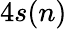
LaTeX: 4s(n)